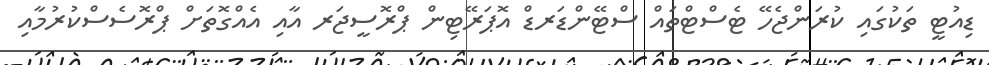
ޑިއުޓީ ތަކުގައި ކުރަންޖެހޭ ޓެސްޓްތައް ސްޓޭންޑަރޑް އޮޕަރޭޓިން ޕްރޮސީޖަރ އާއި އެއްގޮތަށް ޕްރޮސެސްކުރުމާއި